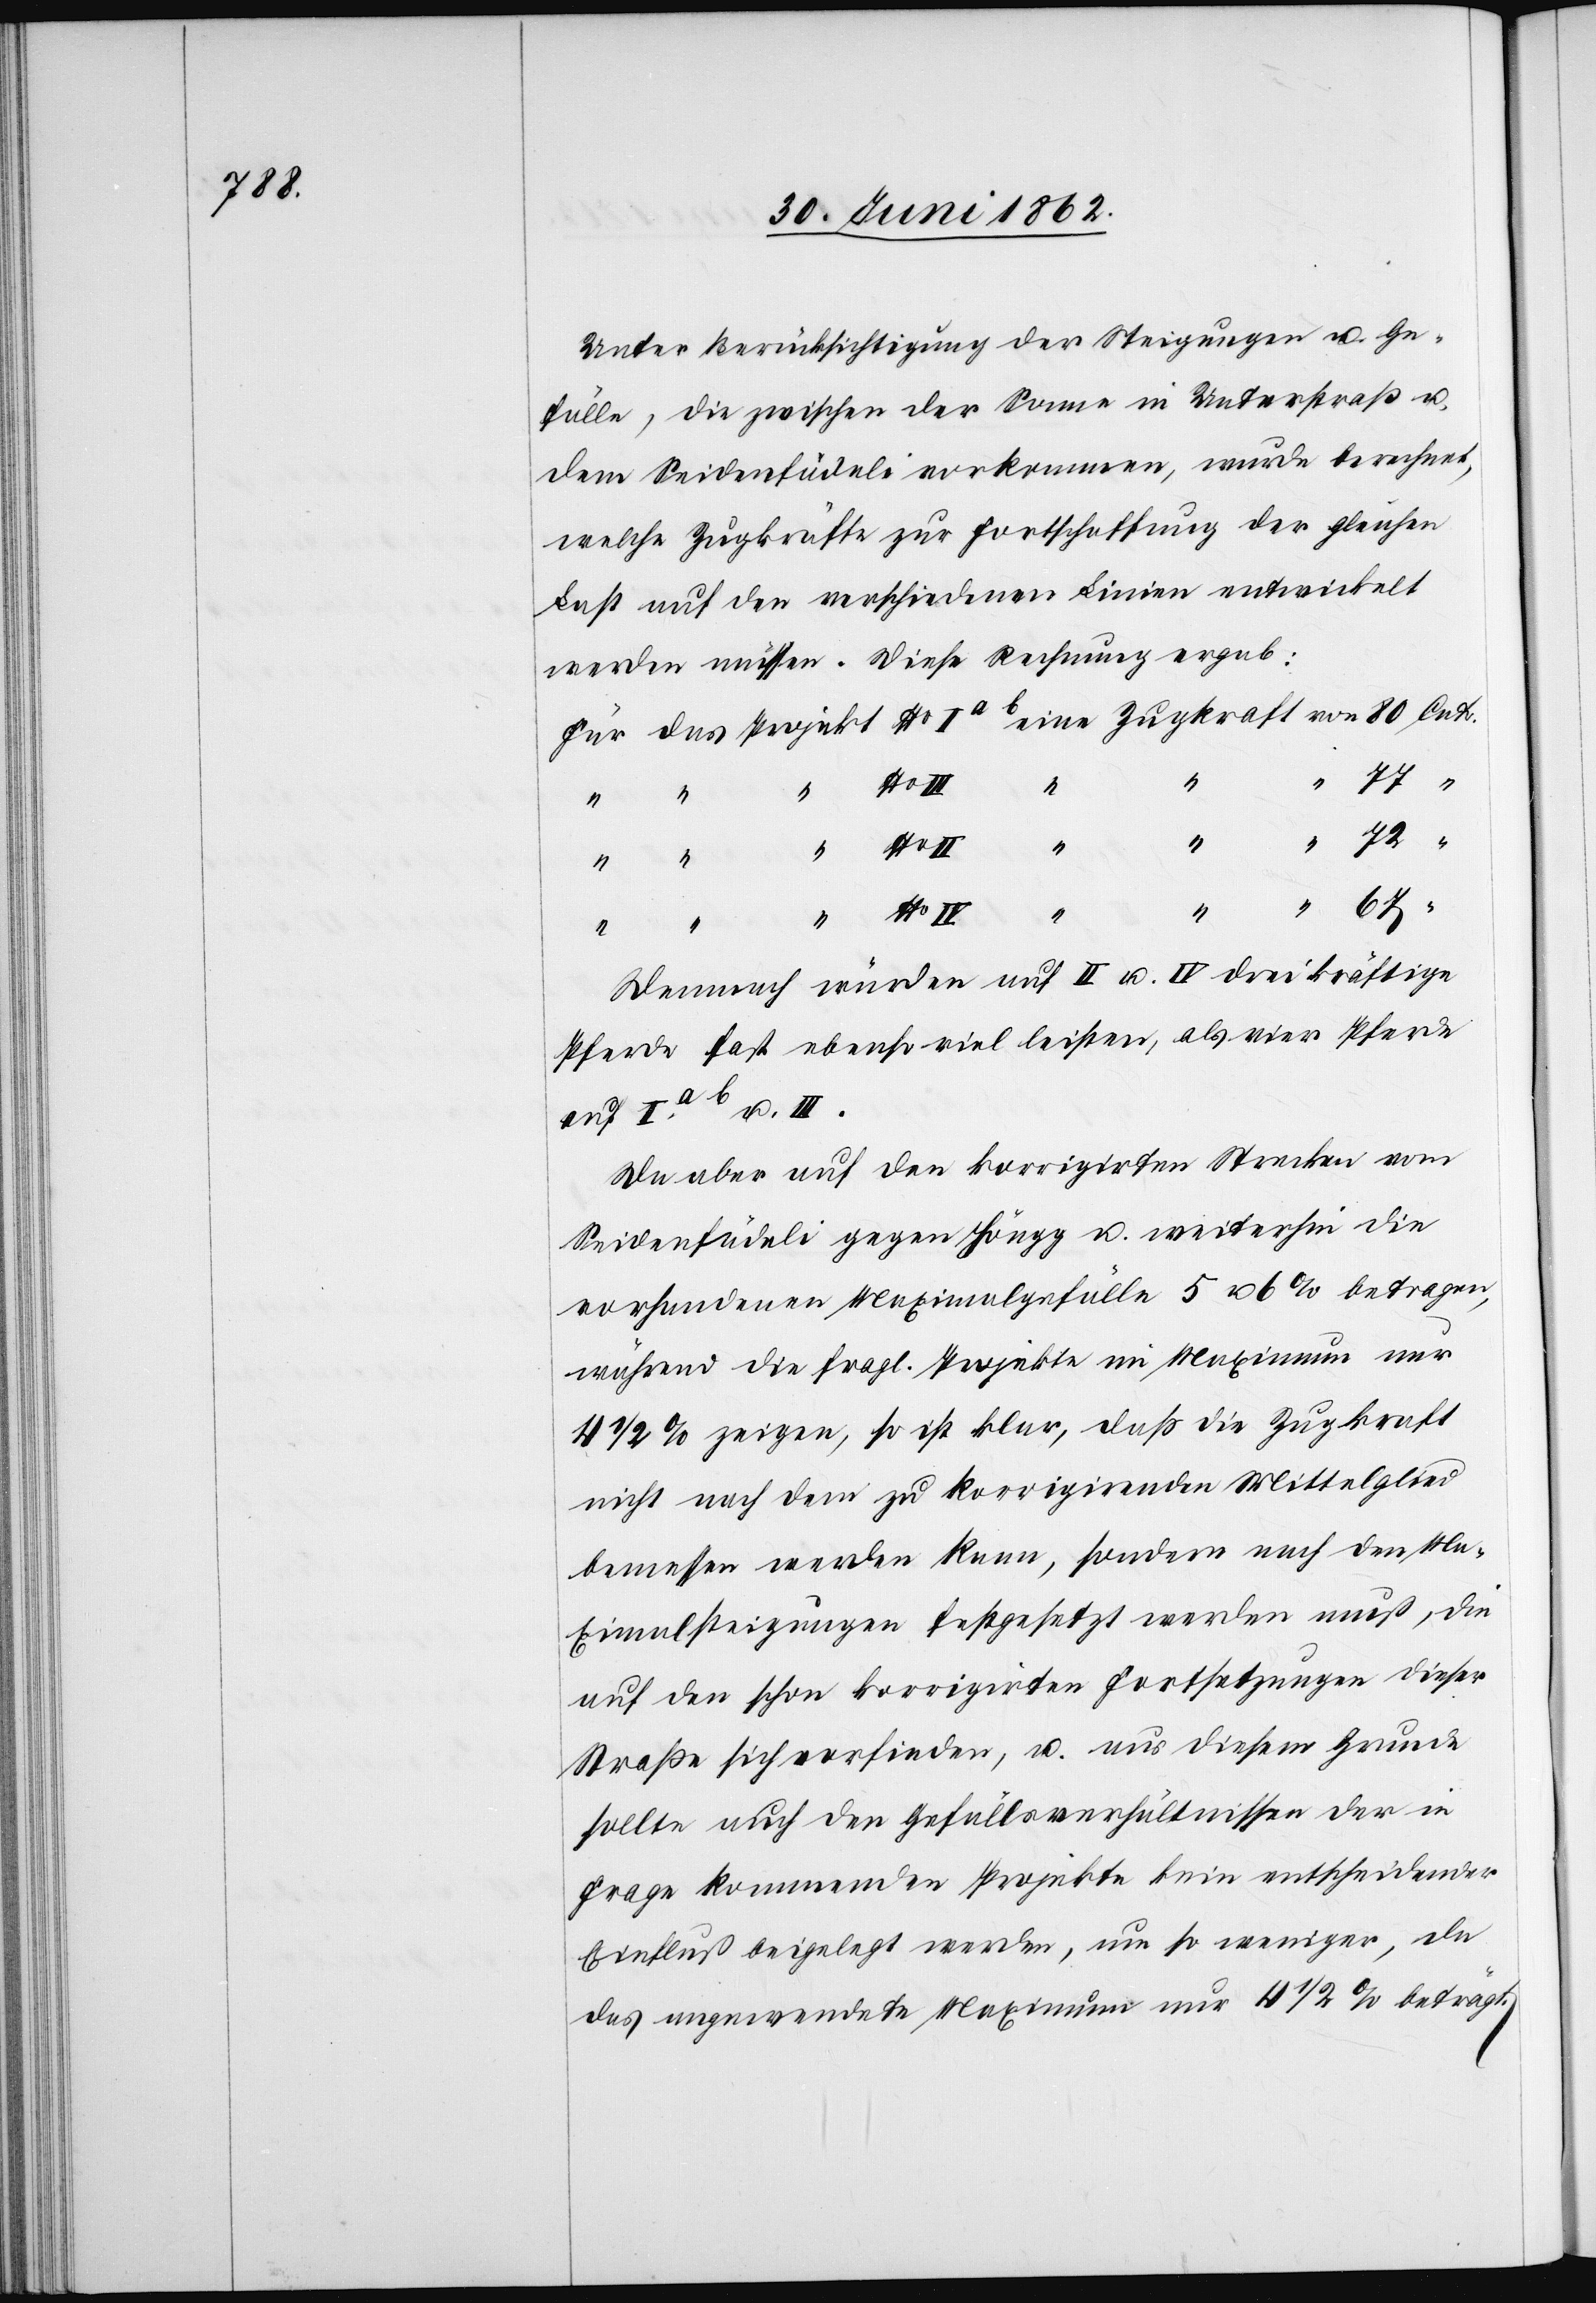
Unter Berücksichtigung der Steigungen u. Ge¬
fälle, die zwischen der Sonne in Unterstraß u.
dem Seidenfädeli vorkommen, wurde berechnet,
welche Zugkräfte zur Fortschaffung der gleichen
Last auf den verschiedenen Linien entwickelt
werden müssen. Diese Rechnung ergab:
u.
Demnach würden auf II u. IV drei kräftige
Pferde fast ebenso viel leisten, als vier Pferde
Da aber auf den korrigirten Strecken vom
Seidenfädeli gegen Höngg u. weiterhin die
vorhandene Maximalgefälle 5 u. 6% betragen,
während die fragl. Projekte im Maximum nur
4 1/2 zeigen, so ist klar, daß die Zugkraft
nicht nach dem zu korrigirenden Mittelglied
bemessen werden kann, sondern nach den Ma¬
ximalsteigungen festgesetzt werden muß, die
auf den schon korrigirten Fortsetzungen dieser
Straße sich vorfinden, u. aus diesem Grunde
sollte auch den Gefällsverhältnissen der in
Frage kommenden Projekte kein entscheidender
Einfluß beigelegt werden, um so weniger, da
das angewendete Maximum nur 4 1/2% beträgt.